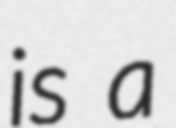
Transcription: is a